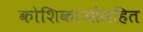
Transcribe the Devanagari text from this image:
कोशिकाओंसहित